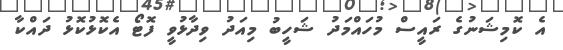
އެ ކޮމިޝަނުގެ ރައީސް މުހައްމަދު ޝަހީބު މިއަދު ވިދާޅުވީ ފޮޓޯ އެކޮޅުކޮޅު ދައްކާ